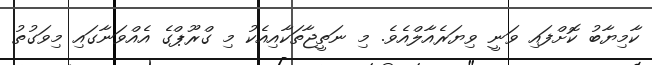
ކާމިޔާބު ކޮށްފައި ވަނީ ވިޔަރެއާލްއެވެ. މި ނަތީޖާތަކާއިއެކު މި ގްރޫޕްގެ އެއްވަނާގައި މިވަގުތު